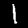
Digit: 1